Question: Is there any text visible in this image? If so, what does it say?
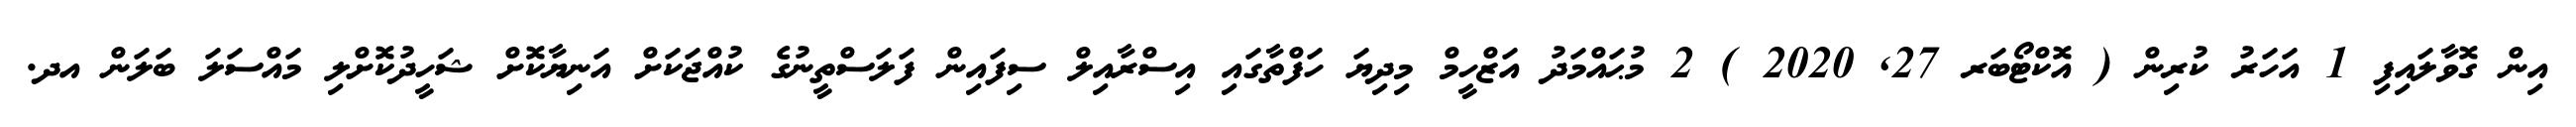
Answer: އިން ގޮވާލައިފި 1 އަހަރު ކުރިން ( އޮކްޓޯބަރ 27, 2020 ) 2 މުޙައްމަދު އަޒްހީމް މިދިޔަ ހަފްތާގައި އިސްރާއިލް ސިފައިން ފަލަސްތީނުގެ ކުއްޖަކަށް އަނިޔާކޮށް ޝަހީދުކޮށްލި މައްސަލަ ބަލަން އދ.